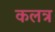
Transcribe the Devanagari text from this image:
कलत्र